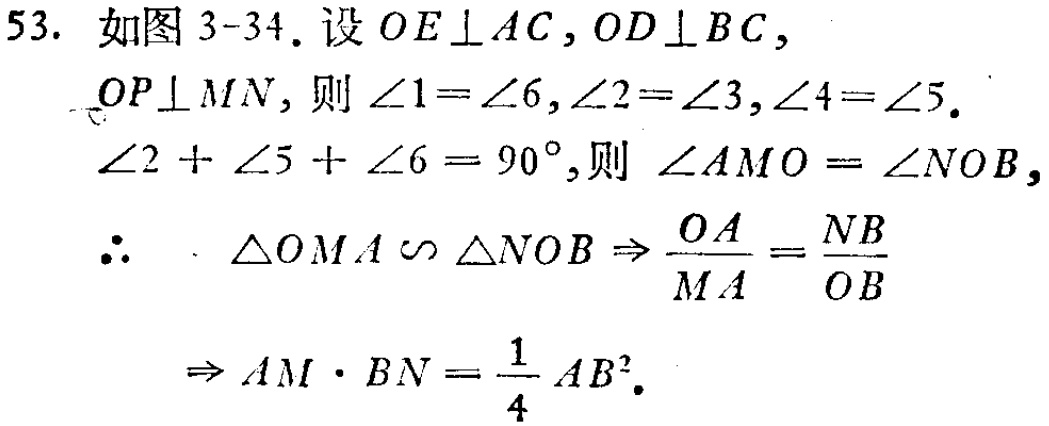
53. 如图 3-34. 设 \(OE\perp AC\), \(OD\perp BC\),
\(OP\perp MN\), 则 \(\angle1 = \angle6\), \(\angle2=\angle3\), \(\angle4 = \angle5\).
\(\angle2+\angle5+\angle6 = 90^{\circ}\), 则 \(\angle AMO=\angle NOB\),
\(\therefore\ \triangle OMA\sim\triangle NOB\Rightarrow\frac{OA}{MA}=\frac{NB}{OB}\)
\(\Rightarrow AM\cdot BN=\frac{1}{4}AB^{2}\).